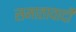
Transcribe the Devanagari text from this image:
समातावादी